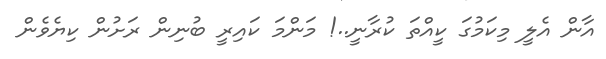
އާން އެލީ މިކަމުގަ ކީއްތަ ކުރާނީ..! މަންމަ ކައިރީ ބުނިން ރަށުން ކިޔެވެން